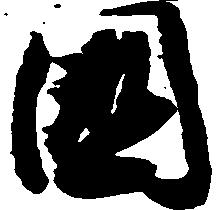
国